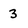
Character: 3